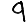
Digit: 9